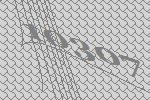
10307